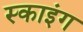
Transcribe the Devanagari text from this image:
स्‍काइंग